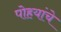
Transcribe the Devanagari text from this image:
पोहयांचे